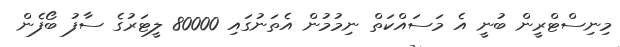
މިނިސްޓްރީން ބުނީ އެ މަސައްކަތް ނިމުމުން އެތަނުގައި 80000 ލީޓަރުގެ ސާފު ބޯފެން